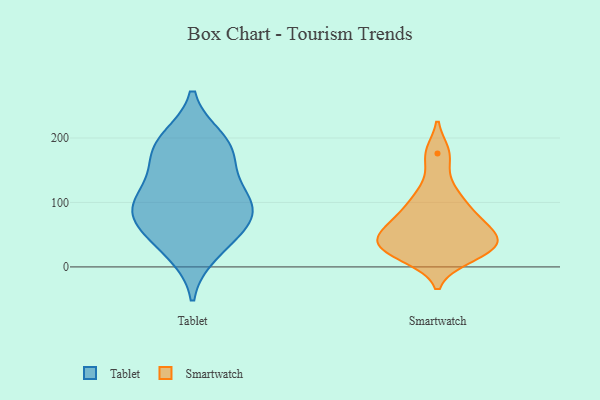
{"axis": {"x": "Population (Million)", "y": "Value"}, "legend": ["Smartwatch", "Tablet"], "data": [{"x": "", "y": 72, "type": "Tablet"}, {"x": "", "y": 133, "type": "Tablet"}, {"x": "", "y": 198, "type": "Tablet"}, {"x": "", "y": 93, "type": "Tablet"}, {"x": "", "y": 84, "type": "Tablet"}, {"x": "", "y": 100, "type": "Tablet"}, {"x": "", "y": 192, "type": "Tablet"}, {"x": "", "y": 166, "type": "Tablet"}, {"x": "", "y": 37, "type": "Tablet"}, {"x": "", "y": 22, "type": "Tablet"}, {"x": "", "y": 181, "type": "Tablet"}, {"x": "", "y": 65, "type": "Tablet"}, {"x": "", "y": 105, "type": "Tablet"}, {"x": "", "y": 117, "type": "Smartwatch"}, {"x": "", "y": 25, "type": "Smartwatch"}, {"x": "", "y": 16, "type": "Smartwatch"}, {"x": "", "y": 41, "type": "Smartwatch"}, {"x": "", "y": 118, "type": "Smartwatch"}, {"x": "", "y": 59, "type": "Smartwatch"}, {"x": "", "y": 34, "type": "Smartwatch"}, {"x": "", "y": 90, "type": "Smartwatch"}, {"x": "", "y": 15, "type": "Smartwatch"}, {"x": "", "y": 83, "type": "Smartwatch"}, {"x": "", "y": 173, "type": "Smartwatch"}, {"x": "", "y": 55, "type": "Smartwatch"}, {"x": "", "y": 83, "type": "Smartwatch"}, {"x": "", "y": 66, "type": "Smartwatch"}, {"x": "", "y": 176, "type": "Smartwatch"}, {"x": "", "y": 30, "type": "Smartwatch"}, {"x": "", "y": 39, "type": "Smartwatch"}, {"x": "", "y": 46, "type": "Smartwatch"}, {"x": "", "y": 31, "type": "Smartwatch"}]}